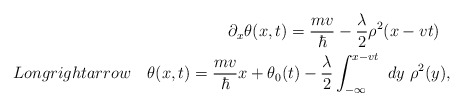
\begin{align*}\partial_x\theta(x,t)=\frac{m v}{\hbar}-{\lambda\over 2}\rho^2(x-v t)\ \ \\Longrightarrow\ \ \ \theta(x,t)=\frac{ m v}{\hbar}x+\theta_0(t)-{\lambda\over 2}\int^{x- v t}_{-\infty}~dy~\rho^2(y),\end{align*}